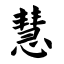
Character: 慧